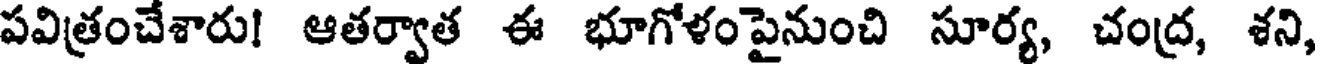
పవిత్రంచేశారు! ఆతర్వాత ఈ భూగోళంపైనుంచి సూర్య, చంద్ర, శని,